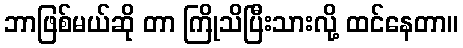
ဘာဖြစ်မယ်ဆို တာ ကြိုသိပြီးသားလို့ ထင်နေတာ။